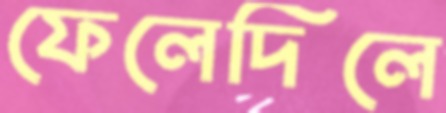
ফেলেদিলে